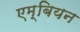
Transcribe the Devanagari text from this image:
एम्बियन